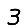
Digit: 3